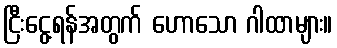
ငြီးငွေ့ရန်အတွက် ဟောသော ဂါထာများ။